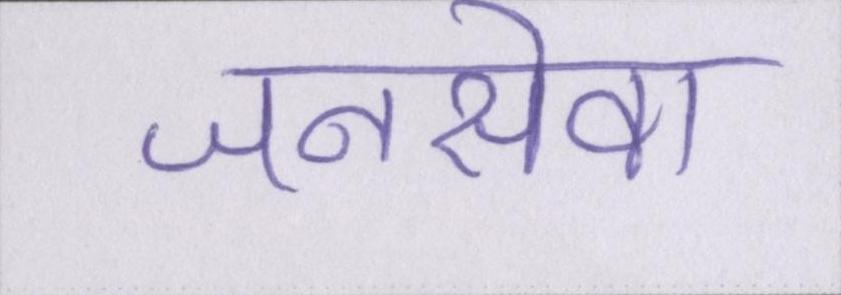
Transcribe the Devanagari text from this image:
जनसेवा